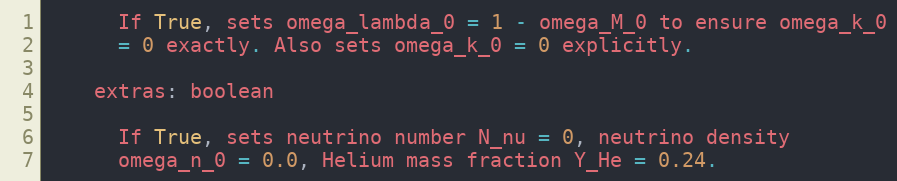
Language: Python
      If True, sets omega_lambda_0 = 1 - omega_M_0 to ensure omega_k_0
      = 0 exactly. Also sets omega_k_0 = 0 explicitly.

    extras: boolean

      If True, sets neutrino number N_nu = 0, neutrino density
      omega_n_0 = 0.0, Helium mass fraction Y_He = 0.24.